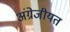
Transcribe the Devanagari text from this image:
अंग्रेजीयत